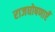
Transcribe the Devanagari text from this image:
राजघोषणाएँ